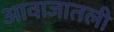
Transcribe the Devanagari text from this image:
आवाजातली